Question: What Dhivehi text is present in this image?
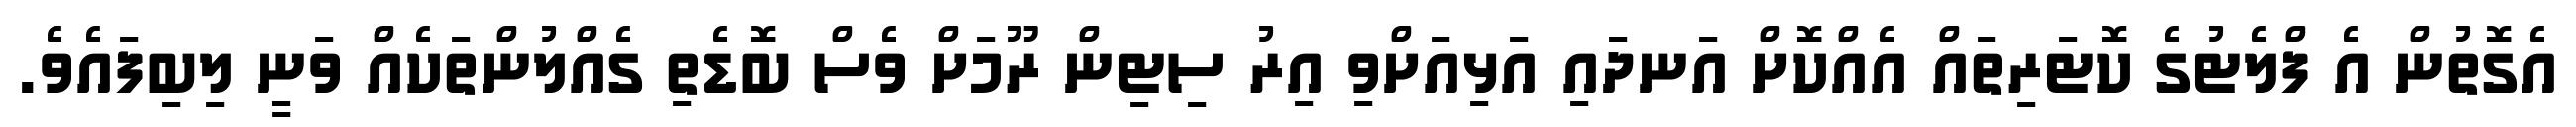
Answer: އެގޮތުން އެ ފްލެޓުގެ ކޮޓަރިތައް އެއްކޮށް އަނދައި އަޅިއަށްވި އިރު ސިޓިން ރޫމަށް ވެސް ބޮޑެތި ގެއްލުންތަކެއް ވަނީ ލިބިފައެވެ.